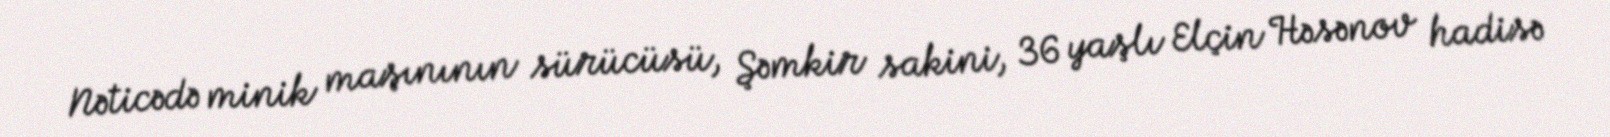
Nəticədə minik maşınının sürücüsü, Şəmkir sakini, 36 yaşlı Elçin Həsənov hadisə